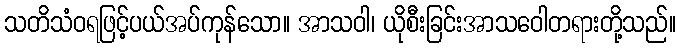
သတိသံဝရဖြင့်ပယ်အပ်ကုန်သော။ အာသဝါ၊ ယိုစီးခြင်းအာသဝေါတရားတို့သည်။